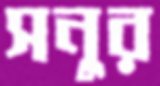
সনুর